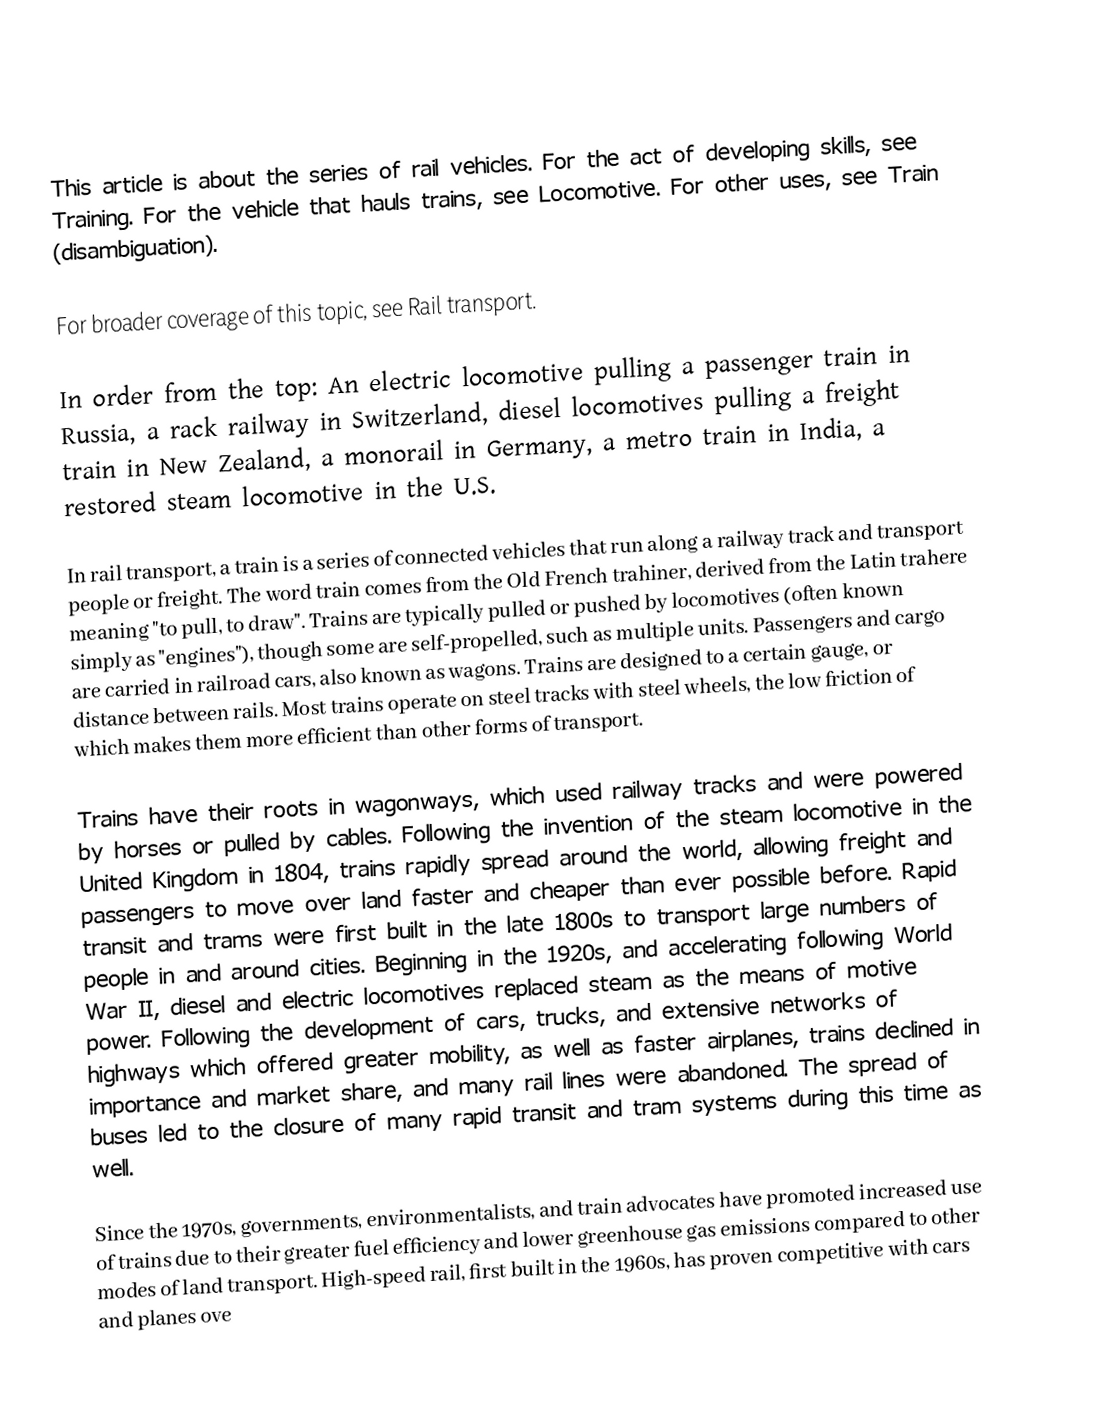

This article is about the series of rail vehicles. For the act of developing skills, see Training. For the vehicle that hauls trains, see Locomotive. For other uses, see Train (disambiguation).

For broader coverage of this topic, see Rail transport.

In order from the top: An electric locomotive pulling a passenger train in Russia, a rack railway in Switzerland, diesel locomotives pulling a freight train in New Zealand, a monorail in Germany, a metro train in India, a restored steam locomotive in the U.S.

In rail transport, a train is a series of connected vehicles that run along a railway track and transport people or freight. The word train comes from the Old French trahiner, derived from the Latin trahere meaning "to pull, to draw". Trains are typically pulled or pushed by locomotives (often known simply as "engines"), though some are self-propelled, such as multiple units. Passengers and cargo are carried in railroad cars, also known as wagons. Trains are designed to a certain gauge, or distance between rails. Most trains operate on steel tracks with steel wheels, the low friction of which makes them more efficient than other forms of transport.

Trains have their roots in wagonways, which used railway tracks and were powered by horses or pulled by cables. Following the invention of the steam locomotive in the United Kingdom in 1804, trains rapidly spread around the world, allowing freight and passengers to move over land faster and cheaper than ever possible before. Rapid transit and trams were first built in the late 1800s to transport large numbers of people in and around cities. Beginning in the 1920s, and accelerating following World War II, diesel and electric locomotives replaced steam as the means of motive power. Following the development of cars, trucks, and extensive networks of highways which offered greater mobility, as well as faster airplanes, trains declined in importance and market share, and many rail lines were abandoned. The spread of buses led to the closure of many rapid transit and tram systems during this time as well.

Since the 1970s, governments, environmentalists, and train advocates have promoted increased use of trains due to their greater fuel efficiency and lower greenhouse gas emissions compared to other modes of land transport. High-speed rail, first built in the 1960s, has proven competitive with cars and planes ove